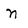
Character: n